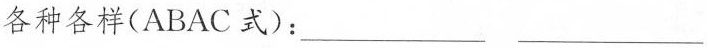
各种各样(ABAC式)：___ ___